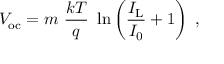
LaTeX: V _ { \mathrm { o c } } = m \ { \frac { k T } { q } } \ \ln \left( { \frac { I _ { \mathrm { L } } } { I _ { 0 } } } + 1 \right) \ ,